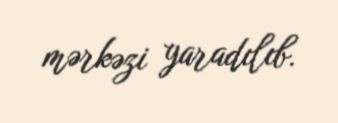
mərkəzi yaradılıb.